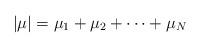
LaTeX: \begin{align*}|\mu| = \mu_1 + \mu_2 + \cdots + \mu_N\end{align*}